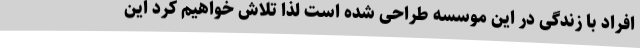
افراد با زندگی در این موسسه طراحی ‌شده است لذا تلاش خواهیم کرد این